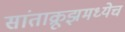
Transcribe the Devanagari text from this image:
सांताक्रूझमध्येच